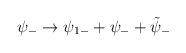
LaTeX: \begin{align*}\psi_- \rightarrow \psi_{1-} + \psi_- + \tilde{\psi}_-\end{align*}